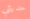
حديثي